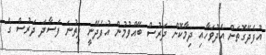
އުފެދޭގޮތަށް އެދުވަހާއި ދިމާކޮށް ދަރުސް ބޭއްވުމުން އުފެދޭނީ ފިތުނަ ފަސާދަ ދަރުސް ގެ